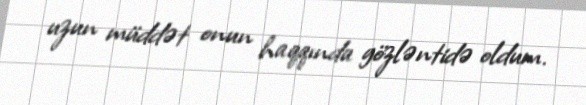
uzun müddət onun haqqında gözləntidə oldum.